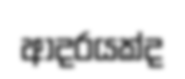
ආදරයක්ද